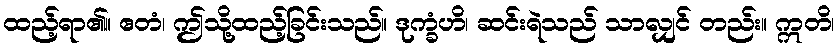
ထည့်ရာ၏။ ဧတံ၊ ဤသို့ထည့်ခြင်းသည်။ ဒုက္ခံဟိ၊ ဆင်းရဲသည် သာလျှင် တည်း။ ဣတိ၊